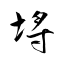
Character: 埓